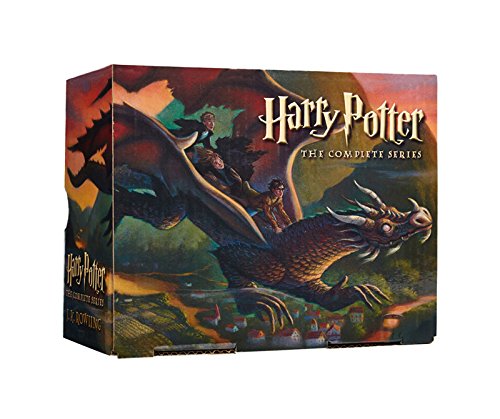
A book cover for Harry Potter Paperback Box Set (Books 1-7); J. K. Rowling; Teen & Young Adult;